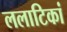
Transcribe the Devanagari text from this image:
ललाटिकां